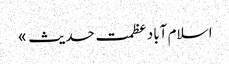
ا سلام آباد	عظمت حدیث »